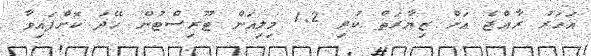
އަހަރު ރާއްޖެ އަށް ޒިޔާރަތް ކުރި 1.2 މިލިއަން ޓޫރިސްޓުން ހޭދަ ކޮށްފައިވާ